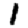
Digit: 1